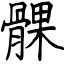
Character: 髁